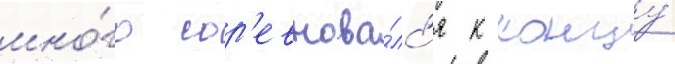
мно́го сор'евнова́лс'я к концу́